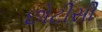
છોટીસી